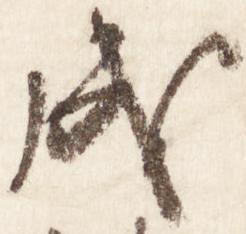
成